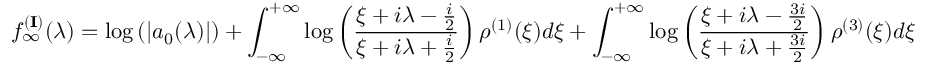
f _ { \infty } ^ { ( { \bf I } ) } ( \lambda ) = \log \left( | a _ { 0 } ( \lambda ) | \right) + \int _ { - \infty } ^ { + \infty } \log \left( \frac { \xi + i \lambda - \frac { i } { 2 } } { \xi + i \lambda + \frac { i } { 2 } } \right) \rho ^ { ( 1 ) } ( \xi ) d \xi + \int _ { - \infty } ^ { + \infty } \log \left( \frac { \xi + i \lambda - \frac { 3 i } { 2 } } { \xi + i \lambda + \frac { 3 i } { 2 } } \right) \rho ^ { ( 3 ) } ( \xi ) d \xi